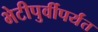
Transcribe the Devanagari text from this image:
भेटीपुर्वीपर्यंत